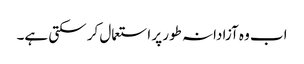
اب وہ آزادانہ طور پر استعمال کر سکتی ہے۔